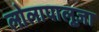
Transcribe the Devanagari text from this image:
लोलापालूज़ा